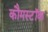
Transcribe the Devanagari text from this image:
कौमस्टॉक